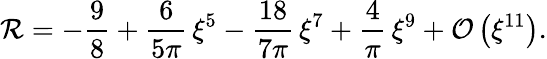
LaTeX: \mathcal{R}=-\frac{9}{8}+\frac{6}{5\pi}\, \xi^{5}-\frac{18}{7\pi}\, \xi^{7}+\frac{4}{\pi}\, \xi^{9}+\mathcal{O}\left(\xi^{11}\right).